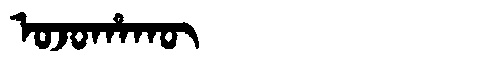
Manchu: ᠣᠵᠣᡥᠠᡴᡡ
Romanization: OJOHAKŪ